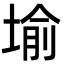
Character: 堬